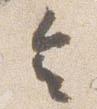
令